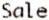
SALE